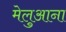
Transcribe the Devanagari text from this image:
मेलुआना